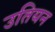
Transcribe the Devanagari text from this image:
उतियन